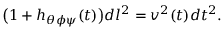
\bigl ( 1 + h _ { \theta \phi \psi } ( t ) \bigr ) d l ^ { 2 } = v ^ { 2 } ( t ) d t ^ { 2 } .